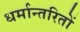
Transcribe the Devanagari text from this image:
धर्मान्तरितों